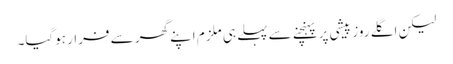
لیکن اگلے روز پیشی پر پہنچنے سے پہلے ہی ملزم اپنے گھر سے فرار ہوگیا۔